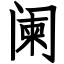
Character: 阑